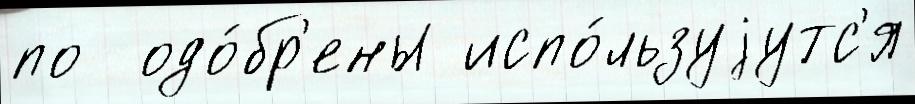
по  одо́бр'ены испо́льзуjутс'я